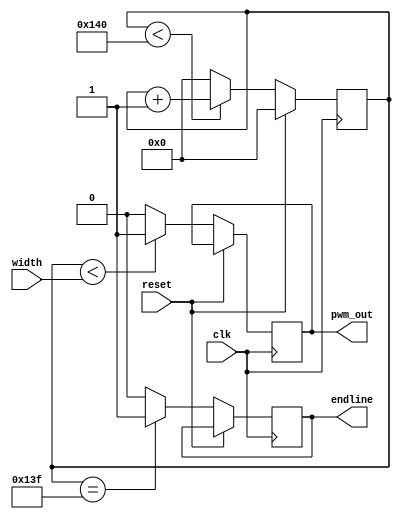
// WARNING: Do NOT edit the input and output ports in this file in a text
// editor if you plan to continue editing the block that represents it in
// the Block Editor! File corruption is VERY likely to occur.

// Copyright (C) 1991-2005 Altera Corporation
// Any  megafunction  design,  and related netlist (encrypted  or  decrypted),
// support information,  device programming or simulation file,  and any other
// associated  documentation or information  provided by  Altera  or a partner
// under  Altera's   Megafunction   Partnership   Program  may  be  used  only
// to program  PLD  devices (but not masked  PLD  devices) from  Altera.   Any
// other  use  of such  megafunction  design,  netlist,  support  information,
// device programming or simulation file,  or any other  related documentation
// or information  is prohibited  for  any  other purpose,  including, but not
// limited to  modification,  reverse engineering,  de-compiling, or use  with
// any other  silicon devices,  unless such use is  explicitly  licensed under
// a separate agreement with  Altera  or a megafunction partner.  Title to the
// intellectual property,  including patents,  copyrights,  trademarks,  trade
// secrets,  or maskworks,  embodied in any such megafunction design, netlist,
// support  information,  device programming or simulation file,  or any other
// related documentation or information provided by  Altera  or a megafunction
// partner, remains with Altera, the megafunction partner, or their respective
// licensors. No other licenses, including any licenses needed under any third
// party's intellectual property, are provided herein.


// Generated by Quartus II Version 4.2 (Build Build 178 01/19/2005)
// Created on Mon Apr 11 11:30:18 2005

//  Module Declaration
module pwm_10bit
(
	// {{ALTERA_ARGS_BEGIN}} DO NOT REMOVE THIS LINE!
	width, clk, reset, endline, pwm_out
	// {{ALTERA_ARGS_END}} DO NOT REMOVE THIS LINE!
);
// Port Declaration

	// {{ALTERA_IO_BEGIN}} DO NOT REMOVE THIS LINE!
	input [9:0] width;
	input clk;
	input reset;
	output endline;
	output pwm_out;
	// {{ALTERA_IO_END}} DO NOT REMOVE THIS LINE!

    reg [9:0] count;
    reg endlinereg;
    reg out;

assign pwm_out = out;
assign endline = endlinereg;

always @(posedge clk)
begin
  if (reset) count=0;
  else
  begin
    if (count<320) 
    begin
      count<=count+1; 
    end
    else 
    begin 
      count<=0;
    end
    if (count<width) out<=1; else out<=0;

// endline goes active on the second last clk. This will enable the state-machine
// to process the new line on the last clock of the old line. The new data will
// be present at the first clock of the new line. 

    if (count==319) endlinereg<=1; else endlinereg<=0; 
 end
end


endmodule